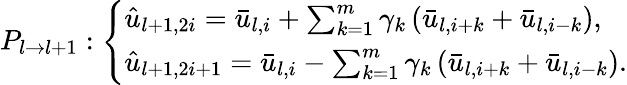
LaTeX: P_{l\rightarrow l+1}:\left\{ \begin{array}{l}{\hat{u}_{l+1,2i}=\bar{u}_{l,i}+\sum_{k=1}^{m}\gamma_{k}\left(\bar{u}_{l,i+k}+\bar{u}_{l,i-k}\right),}\\ {\hat{u}_{l+1,2i+1}=\bar{u}_{l,i}-\sum_{k=1}^{m}\gamma_{k}\left(\bar{u}_{l,i+k}+\bar{u}_{l,i-k}\right).}\end{array}\right.